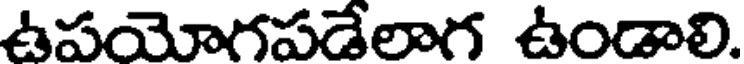
ఉపయోగపడేలాగ ఉండాలి.